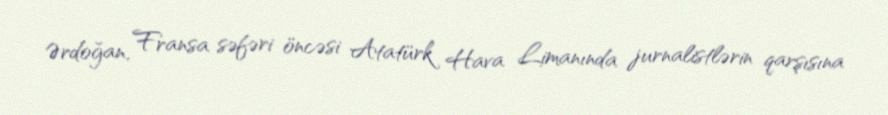
Ərdoğan, Fransa səfəri öncəsi Atatürk Hava Limanında jurnalistlərin qarşısına